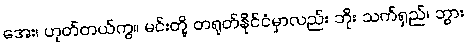
အေး၊ ဟုတ်တယ်ကွ။ မင်းတို့ တရုတ်နိုင်ငံမှာလည်း ဘိုး သက်ရှည်၊ ဘွား